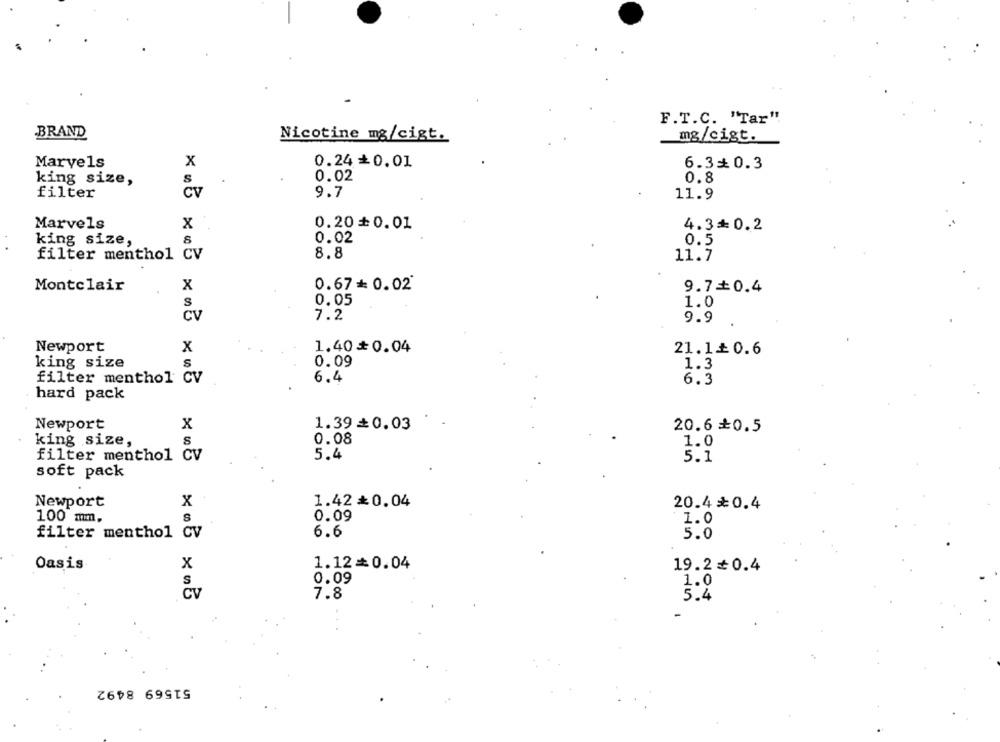
F.T.C. "Tar".
BRAND
Nicotine mg/cigt.
mg/cigt.
x
0.24 +0.01
Marvels
6.3*0.3
0.02
0.8
king size,
S
9.7
filter
CV
11.9
Marvels
x
0.20+ 0.01
4.3=0.2
king size,
8
0.02
0.5
filter menthol CV
8.8
11.7
Montclair
x
0.67= 0.02
9.7=0.4
S
0.05
1.0
Cv
7.2
9.9
Newport
X
1.40+0.04
21.1+0.6
S
0.09
king size
1.3
6.4
filter menthol CV
6.3
hard pack
Newport
x
1.39=0.03
20.6 0.5
king size,
S
0.08
1.0
filter menthol CV
5.4
5.1
soft pack
Newport
x
1.42 *0.04
20.4₺0.4
100 mm.
S
0.09
1.0
filter menthol CV
6.6
5.0
x
1.12=0.04
Oasis
19.20.4
S
0.09
1.0
Cv
7.8
5.4
51569 8492